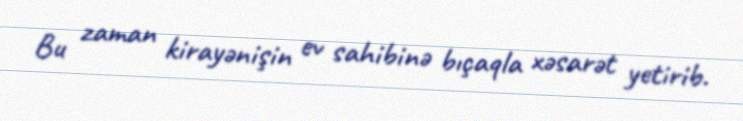
Bu zaman kirayənişin ev sahibinə bıçaqla xəsarət yetirib.